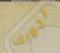
تجويف